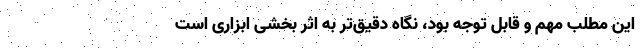
این مطلب مهم و قابل توجه بود، نگاه دقیق‌تر به اثر بخشی ابزاری است